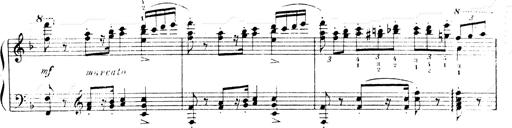
Title: Andante Finale und Marsch aus der Oper KÃ¶nig Alfred
Composer: Franz Liszt